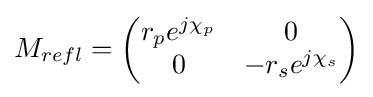
M_{refl}=\left({\begin{matrix}r_{p}e^{j\chi _{p}}&0\\0&-r_{s}e^{j\chi _{s}}\\\end{matrix}}\right)